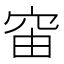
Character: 𥥉